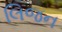
લિજન